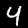
Digit: 4